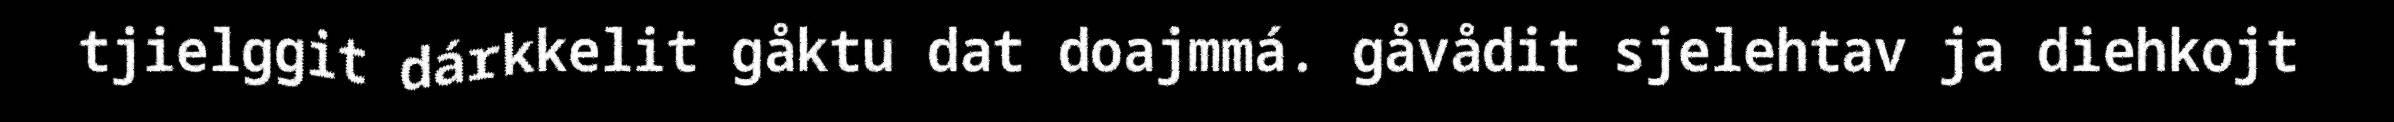
tjielggit dárkkelit gåktu dat doajmmá. gåvådit sjelehtav ja diehkojt